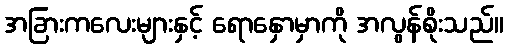
အခြားကလေးများနှင့် ရောနှောမှာကို အလွန်စိုးသည်။